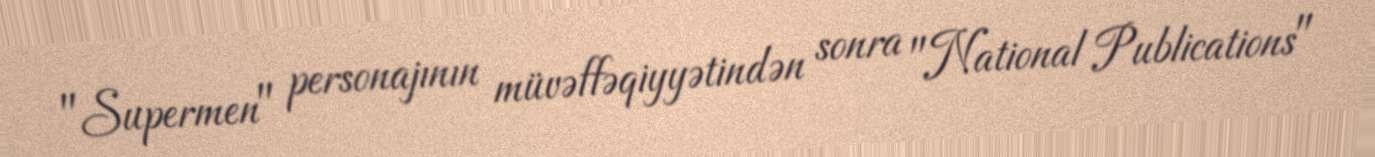
"Supermen" personajının müvəffəqiyyətindən sonra "National Publications"